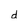
Character: d